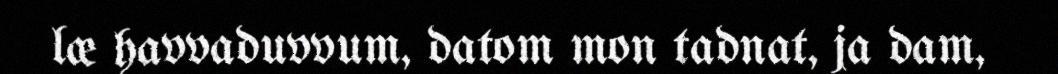
læ havvaduvvum, datom mon tadnat, ja dam,